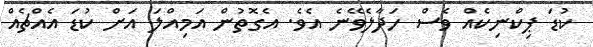
ކުޑަ ޕިކްނިކެއް ވެސް ހަދާލެވޭނެ އެވެ. އެގޮތުން އަމިއްލަ އަށް ކުޑަ އެއްޗެއް